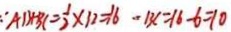
\because A B + B C = \frac { 1 } { 2 } \times 1 2 = 1 6 - B C = 1 6 - 6 = 1 0